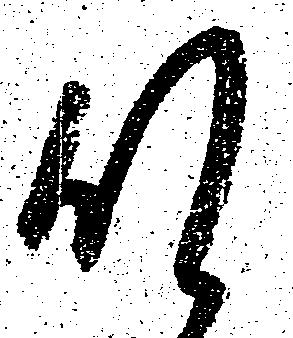
肝